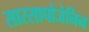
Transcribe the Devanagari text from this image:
सारसापोजेनिन